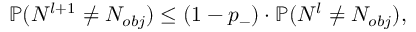
\mathbb { P } ( N ^ { l + 1 } \neq N _ { o b j } ) \le ( 1 - p _ { - } ) \cdot \mathbb { P } ( N ^ { l } \neq N _ { o b j } ) ,